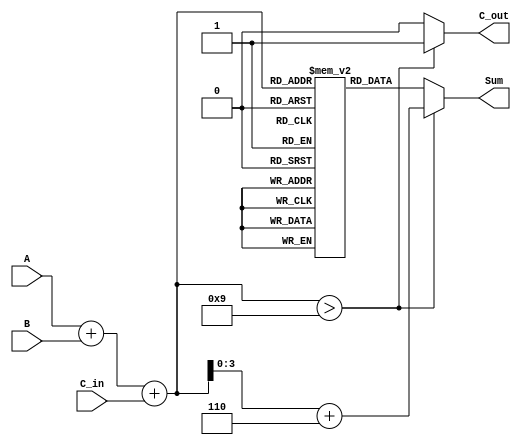
module BCD_LUT_Adder (
    input  wire [3:0] A,      // First BCD digit
    input  wire [3:0] B,      // Second BCD digit
    input  wire C_in,         // Carry-in
    output reg  [3:0] Sum,    // BCD sum output
    output reg  C_out         // Carry-out
);

    // Intermediate signals
    wire [4:0] S;             // 5-bit sum to accommodate carry
    reg [3:0] LUT [0:19];     // Look-Up Table for BCD correction

    // Initialize the LUT with BCD values
    initial begin
        LUT[0]  = 4'b0000; // 0
        LUT[1]  = 4'b0001; // 1
        LUT[2]  = 4'b0010; // 2
        LUT[3]  = 4'b0011; // 3
        LUT[4]  = 4'b0100; // 4
        LUT[5]  = 4'b0101; // 5
        LUT[6]  = 4'b0110; // 6
        LUT[7]  = 4'b0111; // 7
        LUT[8]  = 4'b1000; // 8
        LUT[9]  = 4'b1001; // 9
        LUT[10] = 4'b0000; // 10 (correction)
        LUT[11] = 4'b0001; // 11 (correction)
        LUT[12] = 4'b0010; // 12 (correction)
        LUT[13] = 4'b0011; // 13 (correction)
        LUT[14] = 4'b0100; // 14 (correction)
        LUT[15] = 4'b0101; // 15 (correction)
        LUT[16] = 4'b0110; // 16 (correction)
        LUT[17] = 4'b0111; // 17 (correction)
        LUT[18] = 4'b1000; // 18 (correction)
        LUT[19] = 4'b1001; // 19 (correction)
    end

    // Binary addition of A, B and C_in
    assign S = A + B + C_in;

    // BCD correction logic
    always @(*) begin
        if (S > 9) begin
            Sum = S + 4'b0110; // Add 6 for correction
            C_out = 1'b1;      // Set carry-out
        end else begin
            Sum = LUT[S];      // Use LUT for valid BCD output
            C_out = 1'b0;      // No carry-out
        end
    end

endmodule